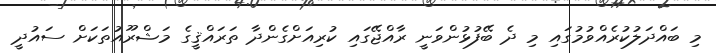
މި ބައްދަލުކުރެއްވުމުގައި މި ދެ ބޭފުޅުންވަނީ ރާއްޖޭގައި ކުރިއަށްގެންދާ ތަރައްޤީގެ މަޝްރޫއުތަކަށް ސައުދީ